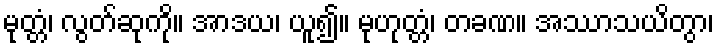
မုတ္တံ၊ လွတ်ဆုကို။ အာဒယ၊ ယူ၍။ မုဟုတ္တံ၊ တခဏ။ အဿာသယိတွာ၊